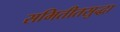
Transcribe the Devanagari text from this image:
समितीतसुद्धा